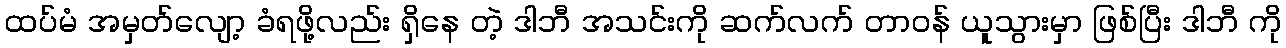
ထပ်မံ အမှတ်လျော့ ခံရဖို့လည်း ရှိနေ တဲ့ ဒါဘီ အသင်းကို ဆက်လက် တာဝန် ယူသွားမှာ ဖြစ်ပြီး ဒါဘီ ကို